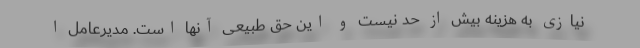
نیازی به هزینه بیش از حد نیست و این حق طبیعی آنها است. مدیرعامل ا